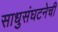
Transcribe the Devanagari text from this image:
साधुसंघटनेची